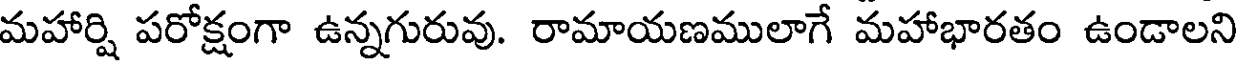
మహార్షి పరోక్షంగా ఉన్నగురువు. రామాయణములాగే మహాభారతం ఉండాలని